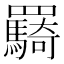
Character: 𮊠